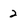
Character: 2